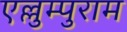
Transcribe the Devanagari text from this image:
एल्लुम्पुराम